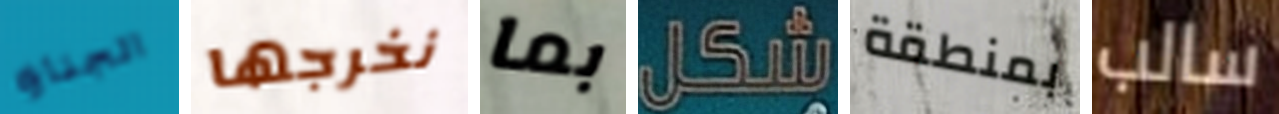
الجنازه نخرجها بما شكل بمنطقة سالب